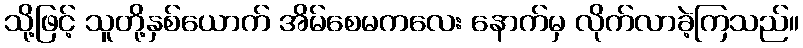
သို့ဖြင့် သူတို့နှစ်ယောက် အိမ်စေမကလေး နောက်မှ လိုက်လာခဲ့ကြသည်။